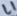
Text: L1